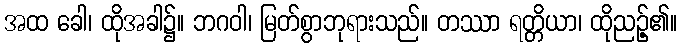
အထ ခေါ၊ ထိုအခါ၌။ ဘဂဝါ၊ မြတ်စွာဘုရားသည်။ တဿာ ရတ္တိယာ၊ ထိုညဉ့်၏။